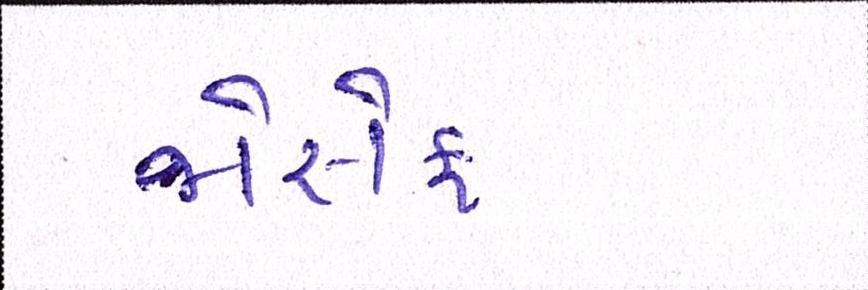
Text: જોસેફ